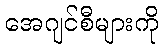
အေဂျင်စီများကို